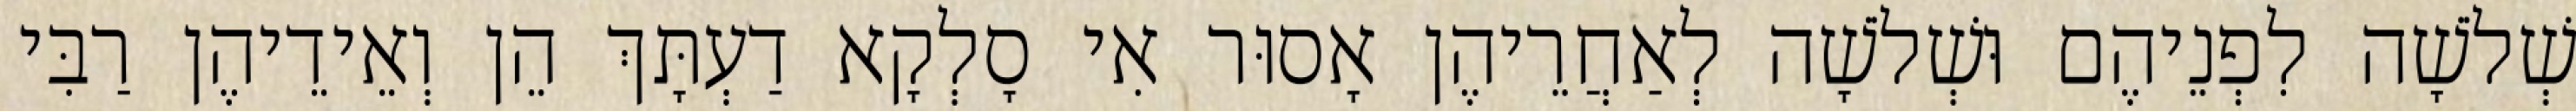
שְׁלֹשָׁה לִפְנֵיהֶם וּשְׁלֹשָׁה לְאַחֲרֵיהֶן אָסוּר אִי סָלְקָא דַעְתָּךְ הֵן וְאֵידֵיהֶן רַבִּי